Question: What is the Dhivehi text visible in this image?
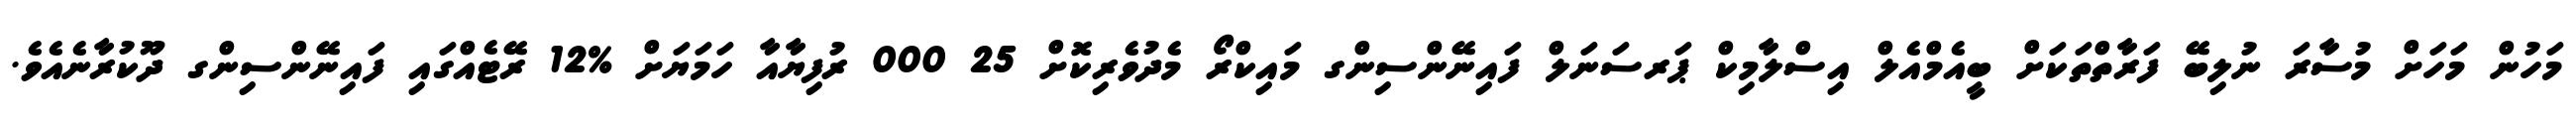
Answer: މަހުން މަހަށް މުސާރަ ނުލިބޭ ފަރާތްތަކަށް ބީއެމްއެލް އިސްލާމިކް ޕަރސަނަލް ފައިނޭންސިންގ މައިކްރޯ މެދުވެރިކޮށް 25 000 ރުފިޔާއާ ހަމަޔަށް %12 ރޭޓެއްގައި ފައިނޭންސިންގ ދޫކުރާނެއެވެ.